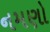
નમણો